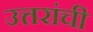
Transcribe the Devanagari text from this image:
उत्तरांची